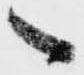
へ